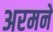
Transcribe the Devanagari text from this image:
अरमने